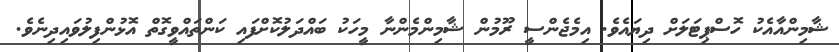
ޝާމިންއާއެކު ހޮސްޕިޓަލަށް ދިޔައެވެ. އިމެޖެންސީ ރޫމުން ޝާމިންމެންނާ މީހަކު ބައްދަލުކޮށްފައި ކަންތައްވީގޮތް އޮޅުންފިލުވައިދިނެވެ.